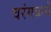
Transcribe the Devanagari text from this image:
वरंगळचे